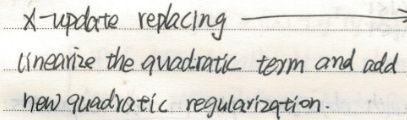
X-update: Replace linearize the quadratic term and add new quadratic regularization.